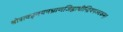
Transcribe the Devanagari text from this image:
श्रोत्रत्वङ्नयनघ्राणजिह्वाधीन्द्रियपञ्चकम्।